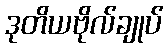
ဒုတိယဗိုလ်ချုပ်